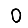
Digit: 0